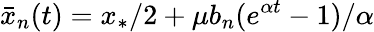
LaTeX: \bar{x}_{n}(t)=x_{*}/2+\mu b_{n}(e^{\alpha t}-1)/\alpha